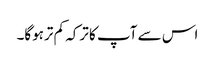
اس سے آپ کا ترکہ کم ترہوگا۔